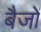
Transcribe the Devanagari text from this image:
बैजों